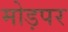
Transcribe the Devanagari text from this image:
मोड़पर